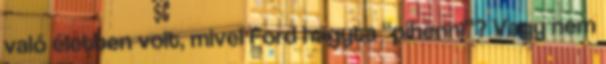
való életben volt, mivel Ford hagyta “pihenni”? Vagy nem